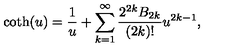
\coth ( u ) = \frac { 1 } { u } + \sum _ { k = 1 } ^ { \infty } \frac { 2 ^ { 2 k } B _ { 2 k } } { ( 2 k ) ! } u ^ { 2 k - 1 } ,